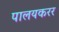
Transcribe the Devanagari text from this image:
पालयकरर